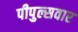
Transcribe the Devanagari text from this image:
पीपुल्सवार